EELK_Paldiski_kogudus, lk 52
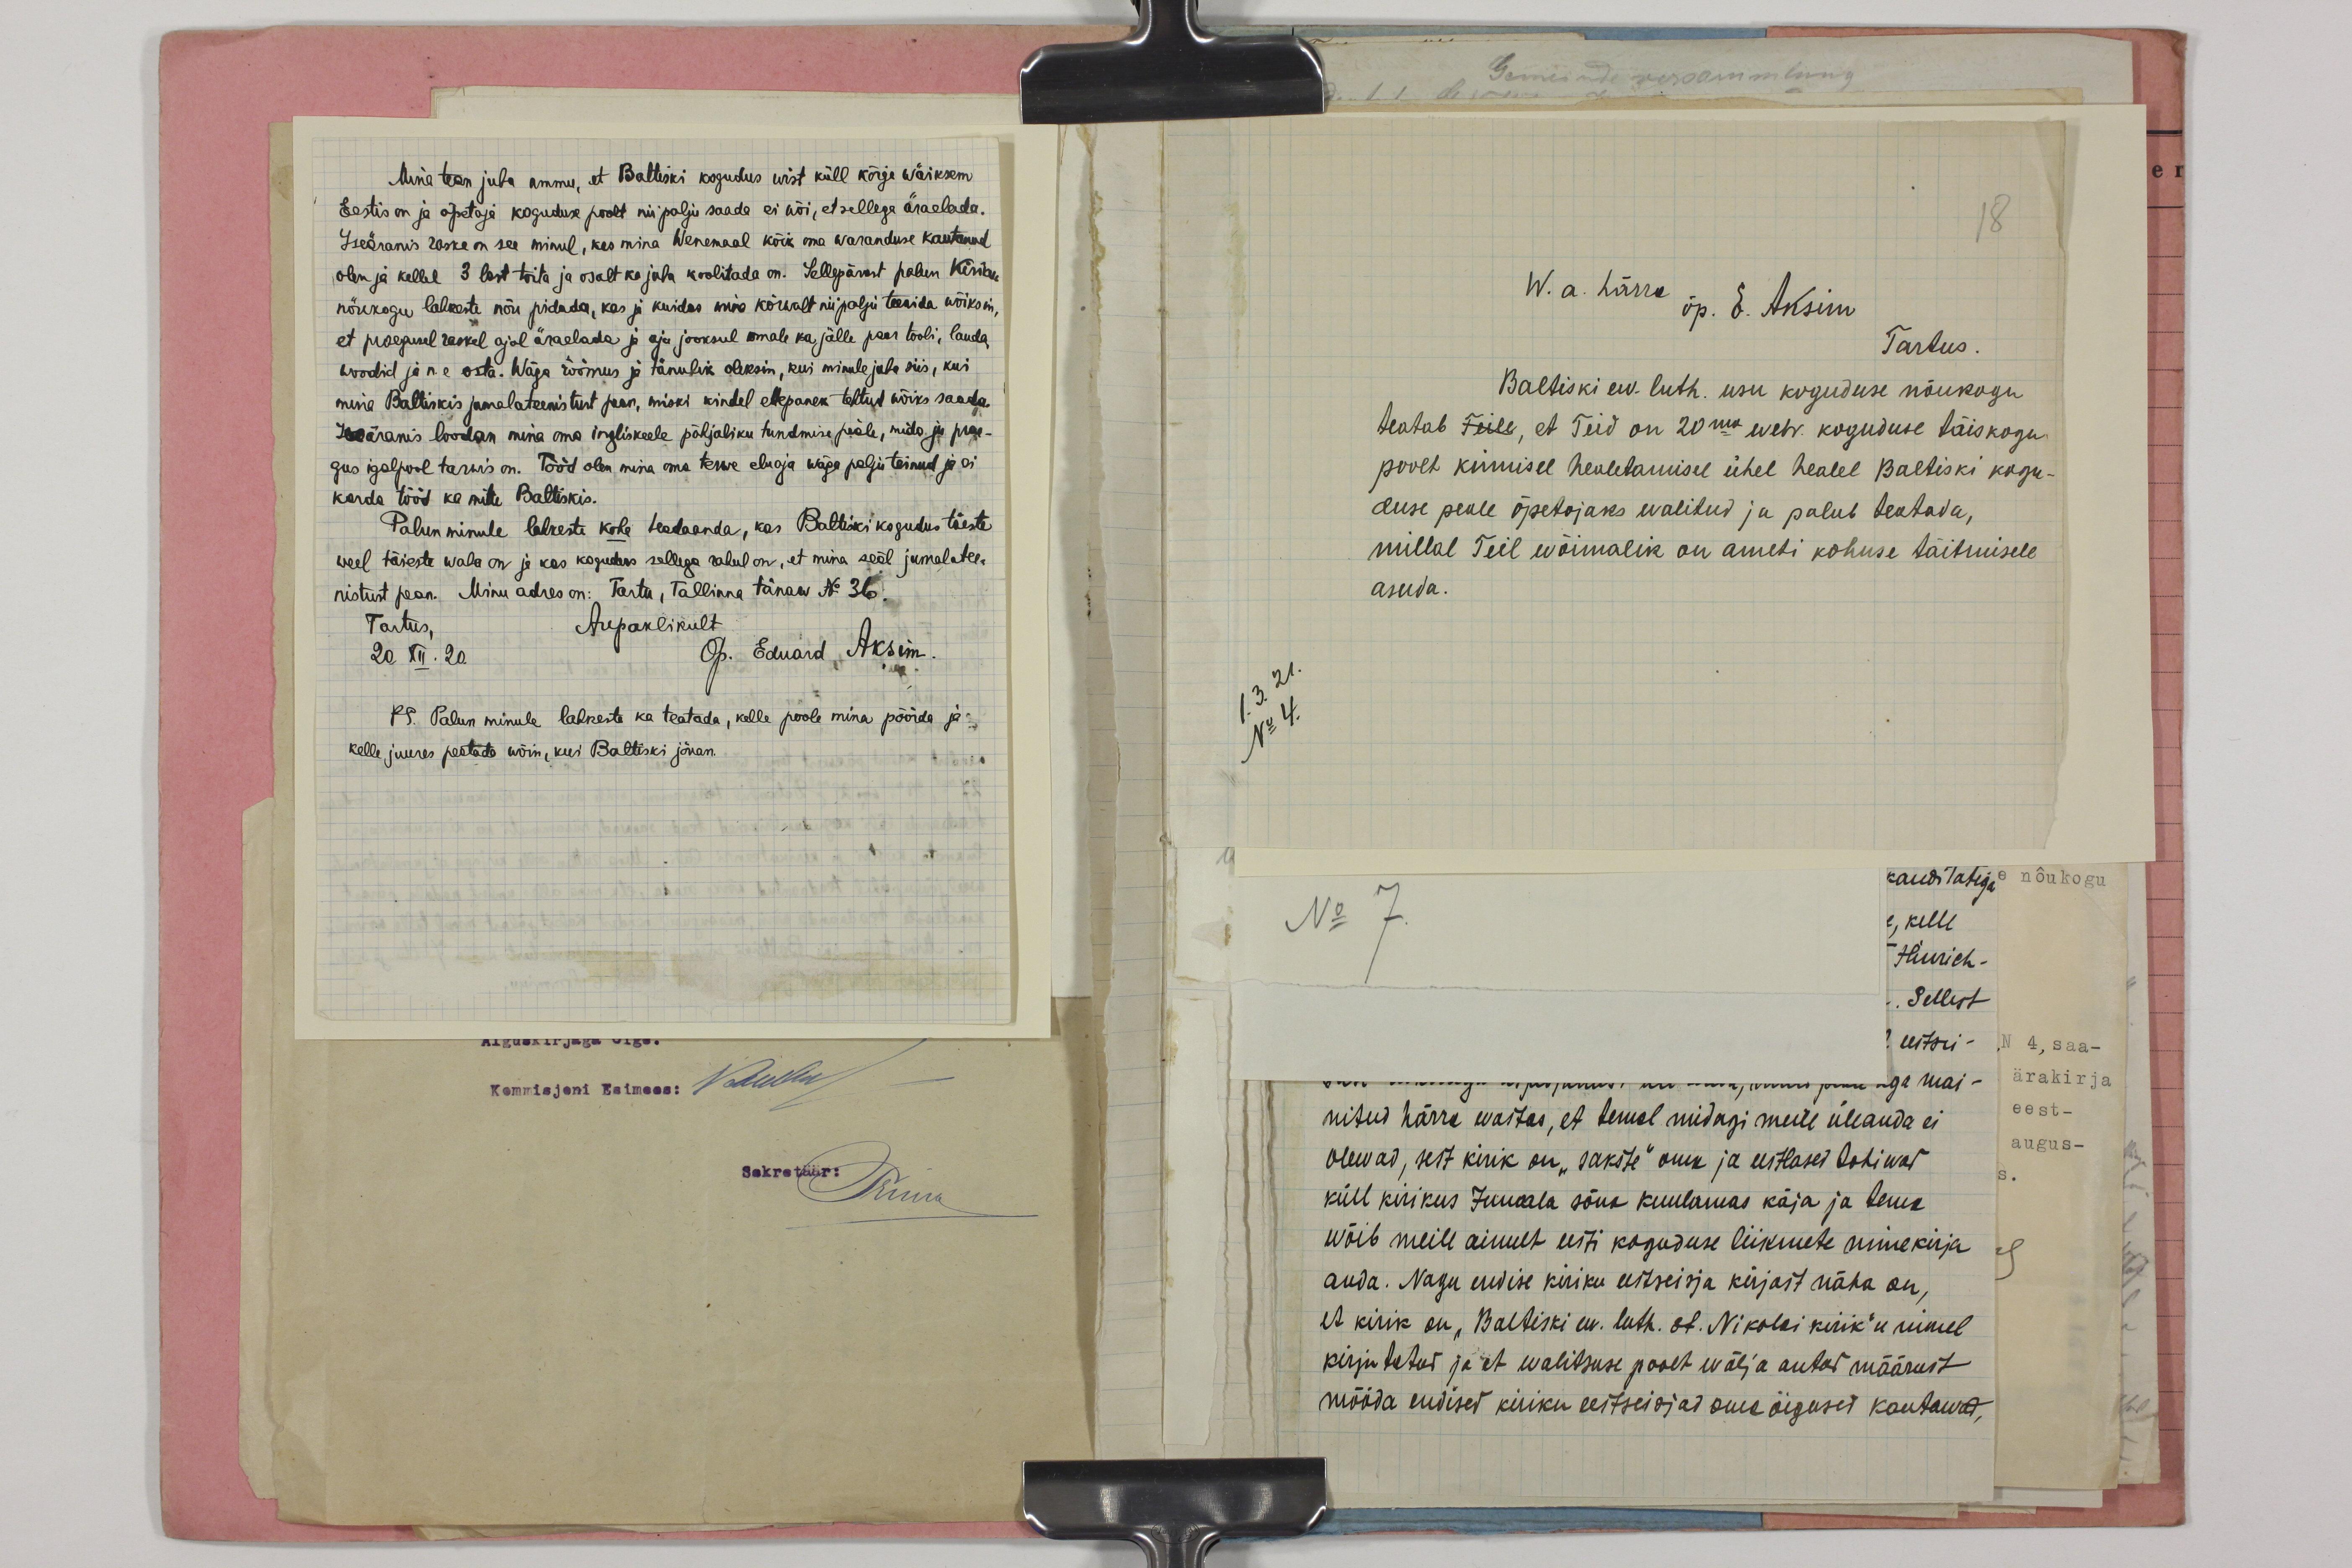
Mina tean juba ammu, et Baltiski kogudus wist küll kõige wäiksem
Eestis on ja õpetaja koguduse poolt nii palju saada ei wõi, et sellega äraelada.
Iseäranis raske on see minul, kes mina Wenemaal kõik oma waranduse kautanud
olen ja kellel 3 last toita ja osalt ka juba koolitada on. Sellepärast palun Kiriku
nöukogu lahkeste nõu pidada, kas ja kuidas mins kõrwalt nii palju teenida wõiksin,
et praegusel raskel ajal äraelada ja aja jooksul omale ka jälle paar tooli, lauda
woodid ja n.e osta. Wäga rõõmus ja tänulik oleksin, kui minule juba siis, kui
mina Baltiskis jumalateenistust pean, miski kindel ettepanek tehtud wõiks saada.
Iseäranis loodan mina oma ingliskeele põhjaliku tundmise peäle, mida ju prae-
gus igalpool tarwis on. Tööd olen mina oma terwe eluaja wäga palju teinud ja ei
korda tööd ka mitte Baltiskis.
Palun minule lahkeste kohe teadaanda, kas Baltiski kogudus tõeste
veel täieste waba on ja kas kogudus sellega rahul on, et mina seal jumalate
nistust pean. Minu adres on: Tartu, Tallinna Tänaw No 36.
Tartus,
Aupaklikult
20 XII. 20
Õp. Eduard Aksim
PS. Palun minule lahkeste ka teatada, kelle poole mina pöörda ja
kelle juures peatade wõin, kui Baltiski jõuan.

18
W. a. härra
õp. E. Aksim
Tartus.
Baltiski ev. luth. usu koguduse nõukogu
teatab Teile, et Teid on 20ma webr. koguduse täiskogu
poolt kinnisel healetamisel ühel healel Baltiski kogu-
duse peale õpetajaks walitud ja palub teatada,
millal Teil wõimalik on ameti kohuse täitmisele
asuda.
1.3.21
No 4